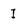
Character: I